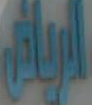
الرياضي